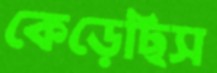
কেড়েছিস